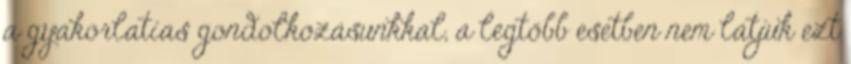
a gyakorlatias gondolkozásunkkal, a legtöbb esetben nem látjuk ezt